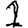
Digit: 1